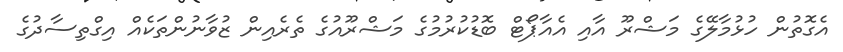
އެގޮތުން ހުޅުމާލޭގެ މަޝްރޫ އާއި އެއާޕޯޓް ބޮޑުކުރުމުގެ މަޝްރޫއުގެ ތެރެއިން ޒުވާނުންތަކެއް އިގްތިސާދުގެ